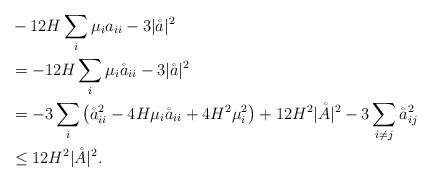
LaTeX: \begin{align*}&-12H\sum_i \mu_i a_{ii} -3 \vert\mathring{a}\vert^2\\&=-12H\sum_i \mu_i \mathring{a}_{ii} -3 \vert\mathring{a}\vert^2\\&=-3\sum_i \left( \mathring{a}_{ii}^2 -4H \mu_i \mathring{a}_{ii} +4H^2\mu_i^2\right)+12H^2\vert\mathring{A}\vert^2 -3\sum_{i\neq j} \mathring{a}_{ij}^2\\&\le 12H^2\vert \mathring{A}\vert^2.\end{align*}